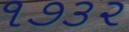
૧૭૩૨